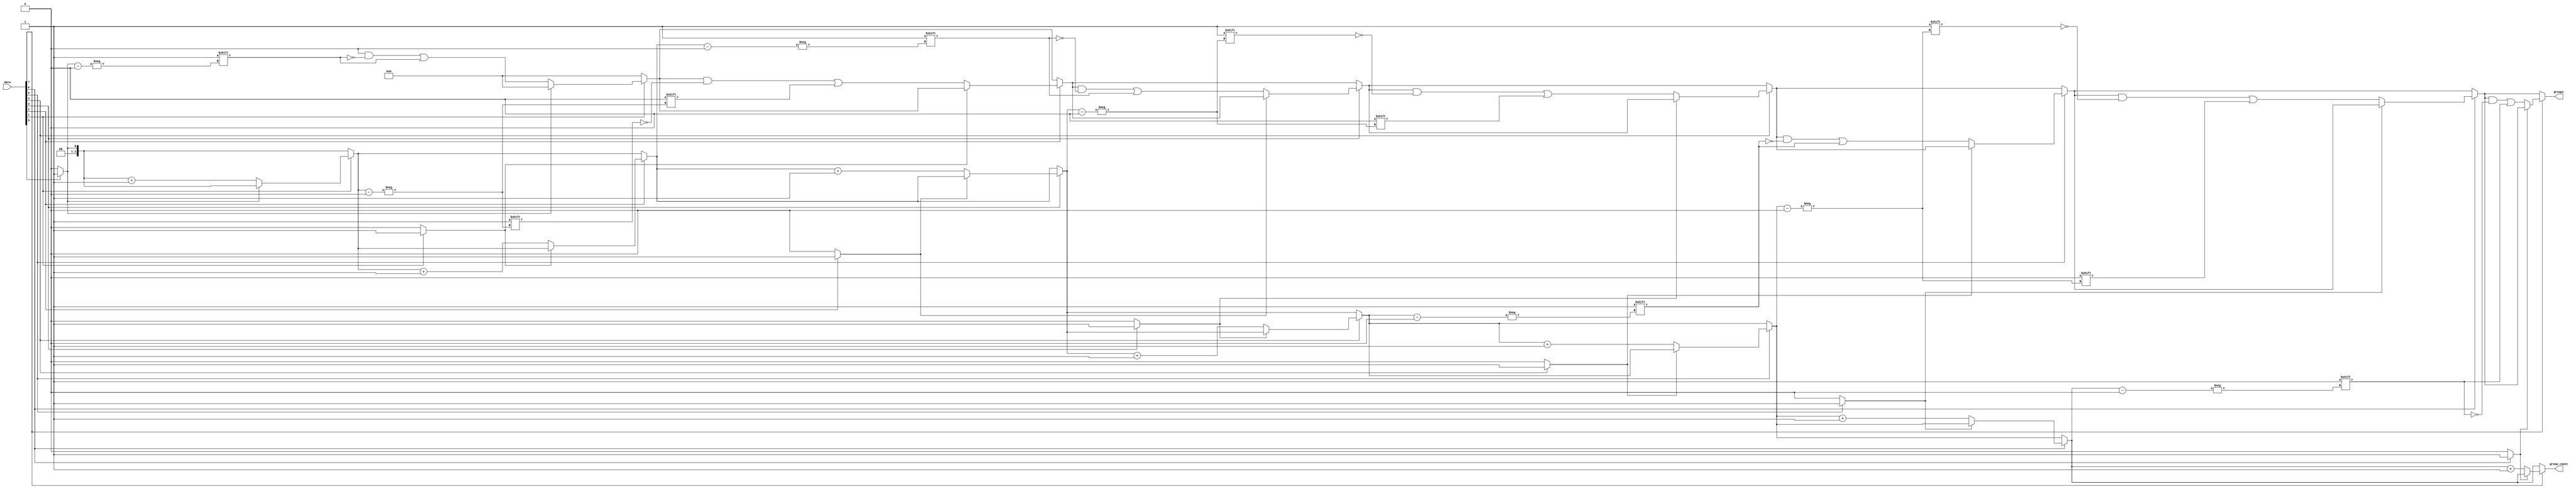
module grouping_of_ones #(
    parameter N = 8, // Width of the input signal
    parameter M = N  // Maximum number of groups (worst case, every bit is a '1')
) (
    input  [N-1:0] data,        // Binary input vector
    output reg [M-1:0] groups,   // Output vector representing groups of '1's
    output reg [$clog2(M)-1:0] group_count // Count of groups of '1's
);

    integer i;
    reg in_group;

    always @(*) begin
        // Initialize outputs
        groups = 0;
        group_count = 0;
        in_group = 0;

        // Scan through the input data
        for (i = 0; i < N; i = i + 1) begin
            if (data[i] == 1'b1) begin
                if (!in_group) begin
                    // Start of a new group
                    groups[group_count] = i; // Store the starting position of the group
                    in_group = 1;            // Mark that we are in a group
                    group_count = group_count + 1; // Increment the group count
                end
            end else begin
                // End of a group
                in_group = 0; // Reset group flag
            end
        end
    end

endmodule